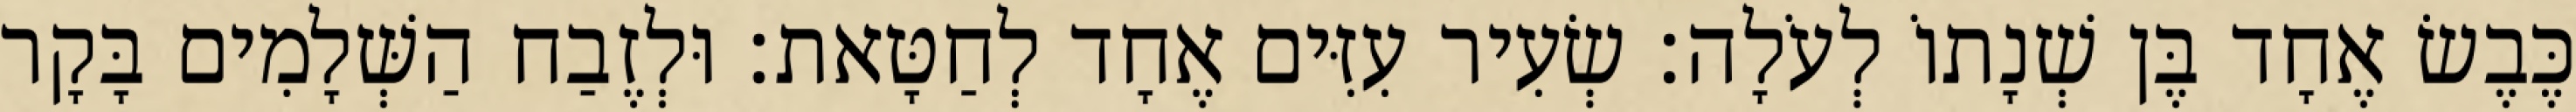
כֶּבֶשׂ אֶחָד בֶּן שְׁנָתוֹ לְעֹלָה׃ שְׂעִיר עִזִּים אֶחָד לְחַטָּאת׃ וּלְזֶבַח הַשְּׁלָמִים בָּקָר